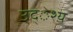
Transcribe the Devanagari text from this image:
उद्ेश्य